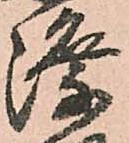
際